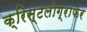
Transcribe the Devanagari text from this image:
क्रिस्टलोग्राफर